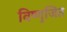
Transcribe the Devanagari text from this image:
विष्णुजित